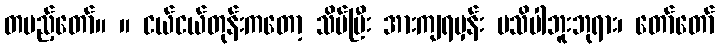
တပည့်တော်။ ။ ငယ်ငယ်တုန်းကတော့ သိပ်ပြီး အားကျရမှန်း မသိပါဘူးဘုရား၊ တော်တော်